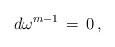
LaTeX: \begin{align*}d\omega^{m-1}\,=\, 0\, ,\end{align*}